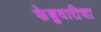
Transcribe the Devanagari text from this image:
फेब्रुवारीचा